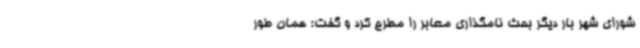
شورای شهر بار دیگر بحث نامگذاری معابر را مطرح کرد و گفت: همان طور